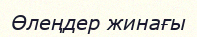
Өлеңдер жинағы